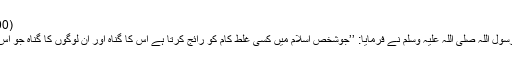
(100) گمراہی اور گناہ کے راستے کی طرف بلانا:
جریر بن عبد اللہ رضی اللہ عنہ سے روایت ہے رسول اللہ صلی اللہ علیہ وسلم نے فرمایا: ’’جوشخص اسلام میں کسی غلط کام کو رائج کرتا ہے اس کا گناہ اور ان لوگوں کا گناہ جو اس کے بعد اس پر عمل کرتے ہیں سب اسی پر ہے۔